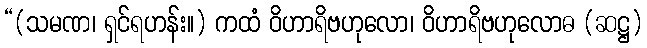
“(သမဏ၊ ရှင်ရဟန်း။) ကထံ ဝိဟာရိဗဟုလော၊ ဝိဟာရိဗဟုလောဓ (ဆဋ္ဌ)